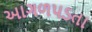
આગળપડતા